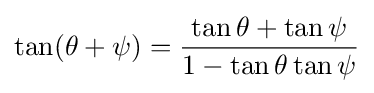
\tan(\theta +\psi )={\frac {\tan \theta +\tan \psi }{1-\tan \theta \tan \psi }}